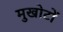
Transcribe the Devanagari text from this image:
मुखोटों